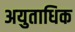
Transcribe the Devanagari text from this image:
अयुताधिक